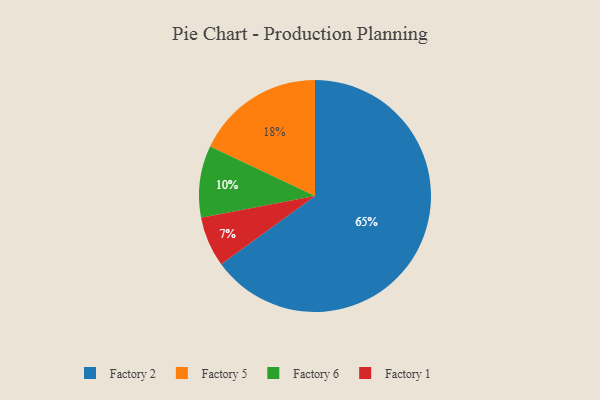
{"axis": {"x": "Category", "y": "Percentage"}, "legend": ["Factory 1", "Factory 2", "Factory 5", "Factory 6"], "data": [{"x": "Factory 1", "y": 7, "type": "Factory 1"}, {"x": "Factory 5", "y": 18, "type": "Factory 5"}, {"x": "Factory 6", "y": 10, "type": "Factory 6"}, {"x": "Factory 2", "y": 65, "type": "Factory 2"}]}